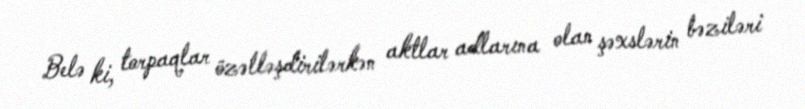
Belə ki, torpaqlar özəlləşdirilərkən aktlar adlarına olan şəxslərin bəziləri